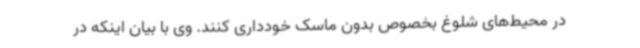
در محیط‌های شلوغ بخصوص بدون ماسک خودداری کنند. وی با بیان اینکه در